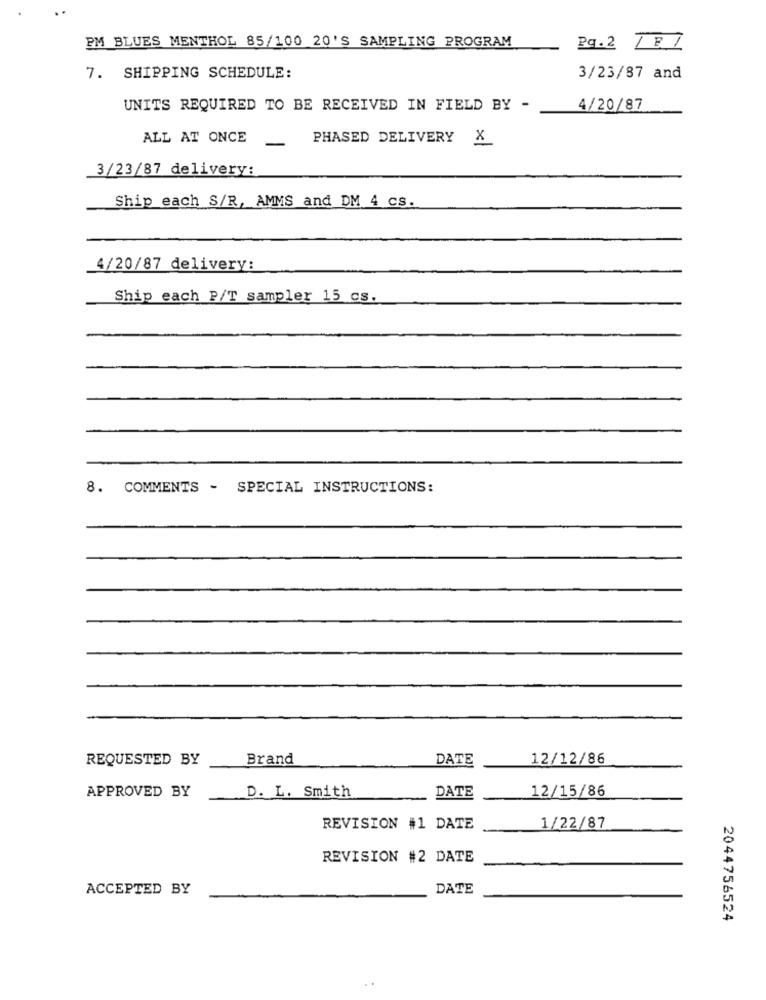
PM BLUES MENTHOL 85/100 20'S SAMPLING PROGRAM
Pq.2 TEI
7. SHIPPING SCHEDULE:
3/23/87 and
UNITS REQUIRED TO BE RECEIVED IN FIELD BY -
4/20/87
ALL AT ONCE
-
PHASED DELIVERY X
3/23/87 delivery:
Ship each S/R, AMMS and DM 4 cs.
4/20/87 delivery:
Ship each P/T sampler 15 cs.
8. COMMENTS - SPECIAL INSTRUCTIONS:
REQUESTED BY
Brand
DATE
12/12/86
12/15/86
APPROVED BY
D. L. Smith
DATE
REVISION #1 DATE
1/22/87
REVISION #2 DATE
ACCEPTED BY
DATE
2044756524